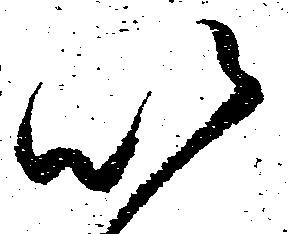
以